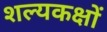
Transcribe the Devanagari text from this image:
शल्यकक्षों